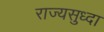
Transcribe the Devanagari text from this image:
राज्यसुध्दा